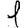
Digit: 1